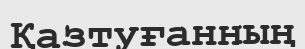
Қазтуғанның